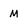
Character: M